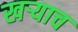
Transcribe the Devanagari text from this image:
खऱ्याच